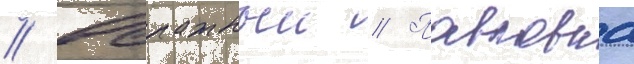
// Овражныи // Павловка